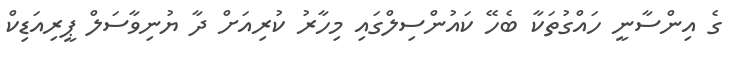
ގެ އިންސާނީ ހައްގުތަކާ ބެހޭ ކައުންސިލްގައި މިހާރު ކުރިއަށް ދާ ޔުނިވާސަލް ޕީރިއަޑިކް